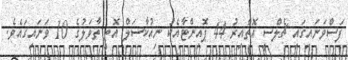
ފަސްވަނައިގައި ޗެލްސީ އޮތްއިރު 44 ޕޮއިންޓާއެކު ނިއުކާސަލް އޮތީ ތާވަލުގެ 10 ވަނައިގައެވެ.